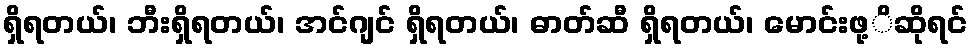
ရှိရတယ်၊ ဘီးရှိရတယ်၊ အင်ဂျင် ရှိရတယ်၊ ဓာတ်ဆီ ရှိရတယ်၊ မောင်းဖု့ိဆိုရင်